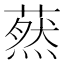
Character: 䔳